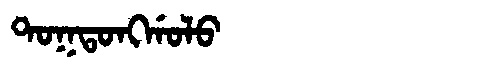
Manchu: ᡨᠣᡴᡨᠣᠩᡤᠣᠯᠣ
Romanization: TOKTONGGOLO